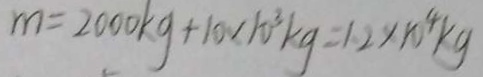
m = 2 0 0 0 k g + 1 0 \times 1 0 ^ { 3 } k g = 1 . 2 \times 1 0 ^ { 4 } k g